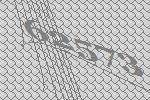
62573